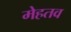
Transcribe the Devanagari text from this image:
मेहतव